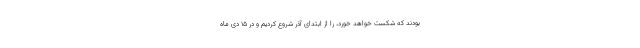
بودند که شکست خواهد خورد، را از ابتدای آذر شروع کردیم و در ۱۵ دی ماه